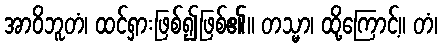
အာဝိဘူတံ၊ ထင်ရှားဖြစ်၍ဖြစ်၏။ တသ္မာ၊ ထို့ကြောင့်။ တံ၊